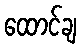
ထောင်ချ